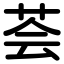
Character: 荟